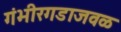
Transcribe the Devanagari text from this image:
गंभीरगडाजवळ